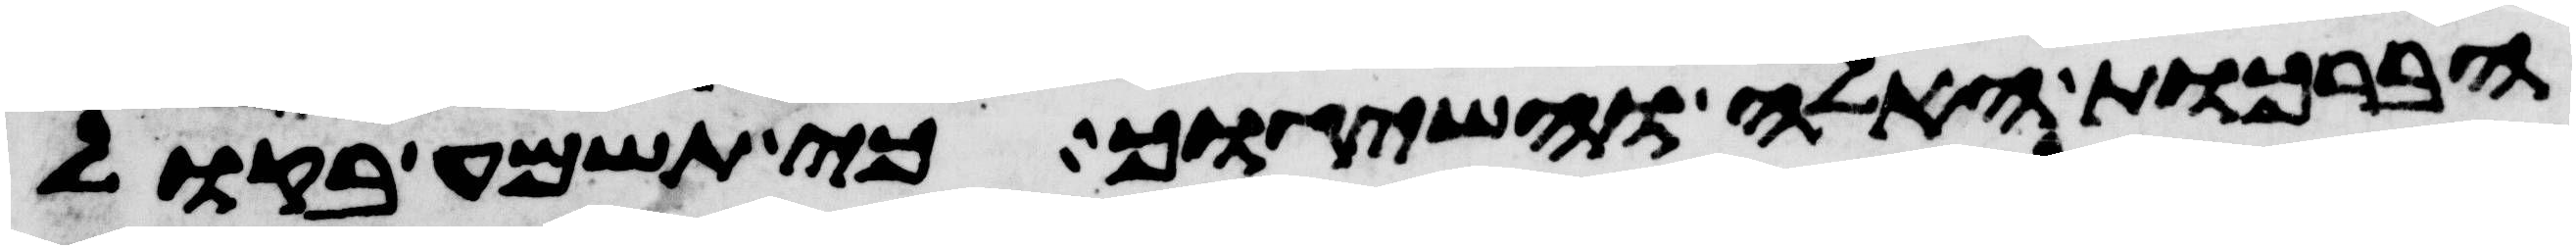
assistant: הברכות האלה והשיגוך כי תשמע בקול